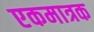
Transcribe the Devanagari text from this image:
एकमात्रक